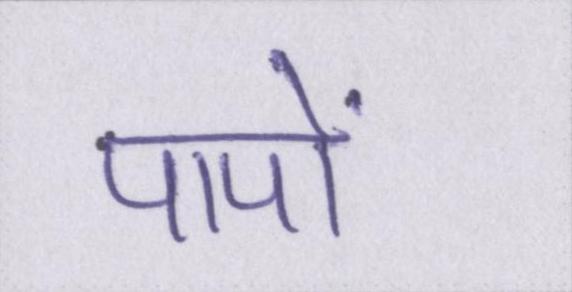
पापों